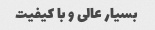
بسیار عالی و با کیفیت